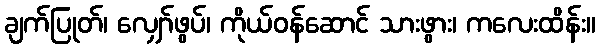
ချက်ပြုတ်၊ လျှော်ဖွပ်၊ ကိုယ်ဝန်ဆောင် သားဖွား၊ ကလေးထိန်း။